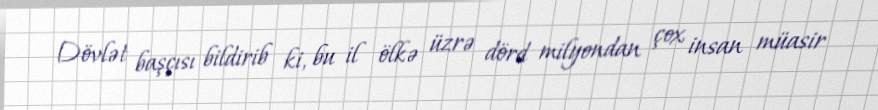
Dövlət başçısı bildirib ki, bu il ölkə üzrə dörd milyondan çox insan müasir